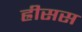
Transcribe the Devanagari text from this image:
ह्रीसस